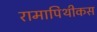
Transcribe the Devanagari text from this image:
रामापिथीकस